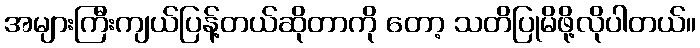
အများကြီးကျယ်ပြန့်တယ်ဆိုတာကို တော့ သတိပြုမိဖို့လိုပါတယ်။